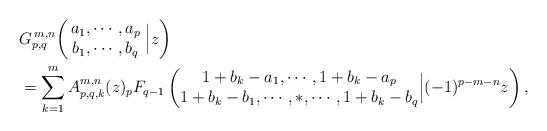
LaTeX: \begin{align*}& G_{p,q}^{\,m,n} \!\left( \,\begin{matrix} a_1, \cdots , a_p \\ b_1, \cdots , b_q \end{matrix} \; \Big| z \right) \\& = \sum_{k=1}^{m} A_{p,q,k}^{m,n}(z) {}_p F_{q-1} \left( \begin{matrix}1+b_k - a_1,\cdots, 1+ b_k - a_p \\1+ b_k - b_1, \cdots, *, \cdots, 1 + b_k - b_q \end{matrix} \Big| (-1)^{p-m-n} z \right), \end{align*}